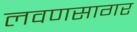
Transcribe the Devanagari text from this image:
लवणसागर